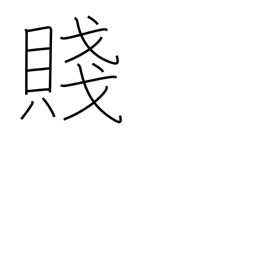
Meaning: poverty